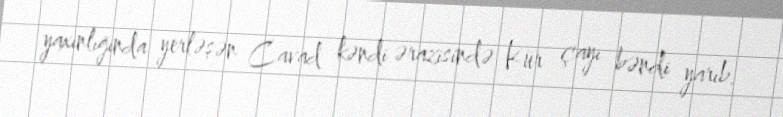
yaxınlığında yerləşən Cavad kəndi ərazisində Kür çayı bəndi yarıb.